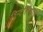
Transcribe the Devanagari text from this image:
विन्देलिसाए